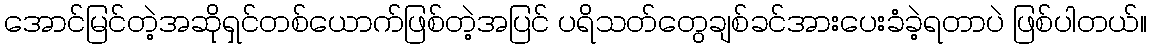
အောင်မြင်တဲ့အဆိုရှင်တစ်ယောက်ဖြစ်တဲ့အပြင် ပရိသတ်တွေချစ်ခင်အားပေးခံခဲ့ရတာပဲ ဖြစ်ပါတယ်။